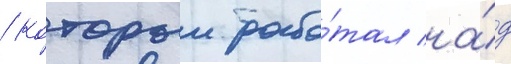
/ которыи рабо́тал на́д